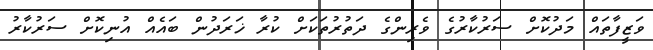
ވަޒީފާތައް މަދުކޮށް ސަރުކާރުގެ ވެރިންގެ ދަތުރުތަކަށް ކުރާ ޚަރަދުން ބައެއް އުނިކޮށް ސަރުކާރު